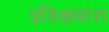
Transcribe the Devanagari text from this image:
प्रतिक्षप्तांश